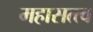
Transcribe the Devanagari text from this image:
महासत्त्व